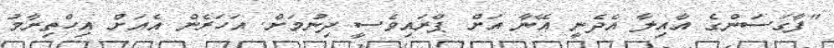
"ފާގަސަންގެ އާއިލާ އެދެނީ އޭނާ އަށް ޕްރައިވެސީ ދިނުމަށް. އަހަރެން އެއަށް އިހްތިރާމު